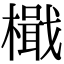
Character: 檝